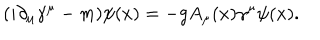
LaTeX: ( i \partial _ { \mu } \gamma ^ { \mu } - m ) \psi ( x ) = - g A _ { \mu } ( x ) \gamma ^ { \mu } \psi ( x ) .